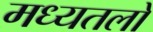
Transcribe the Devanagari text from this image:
मध्यतलों